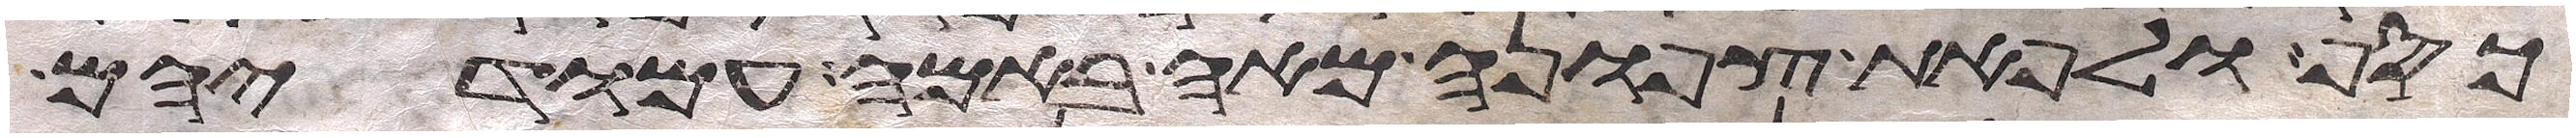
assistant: כסף ולפאת צפונה מאה באמה עמודיהם